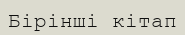
Бірінші кітап